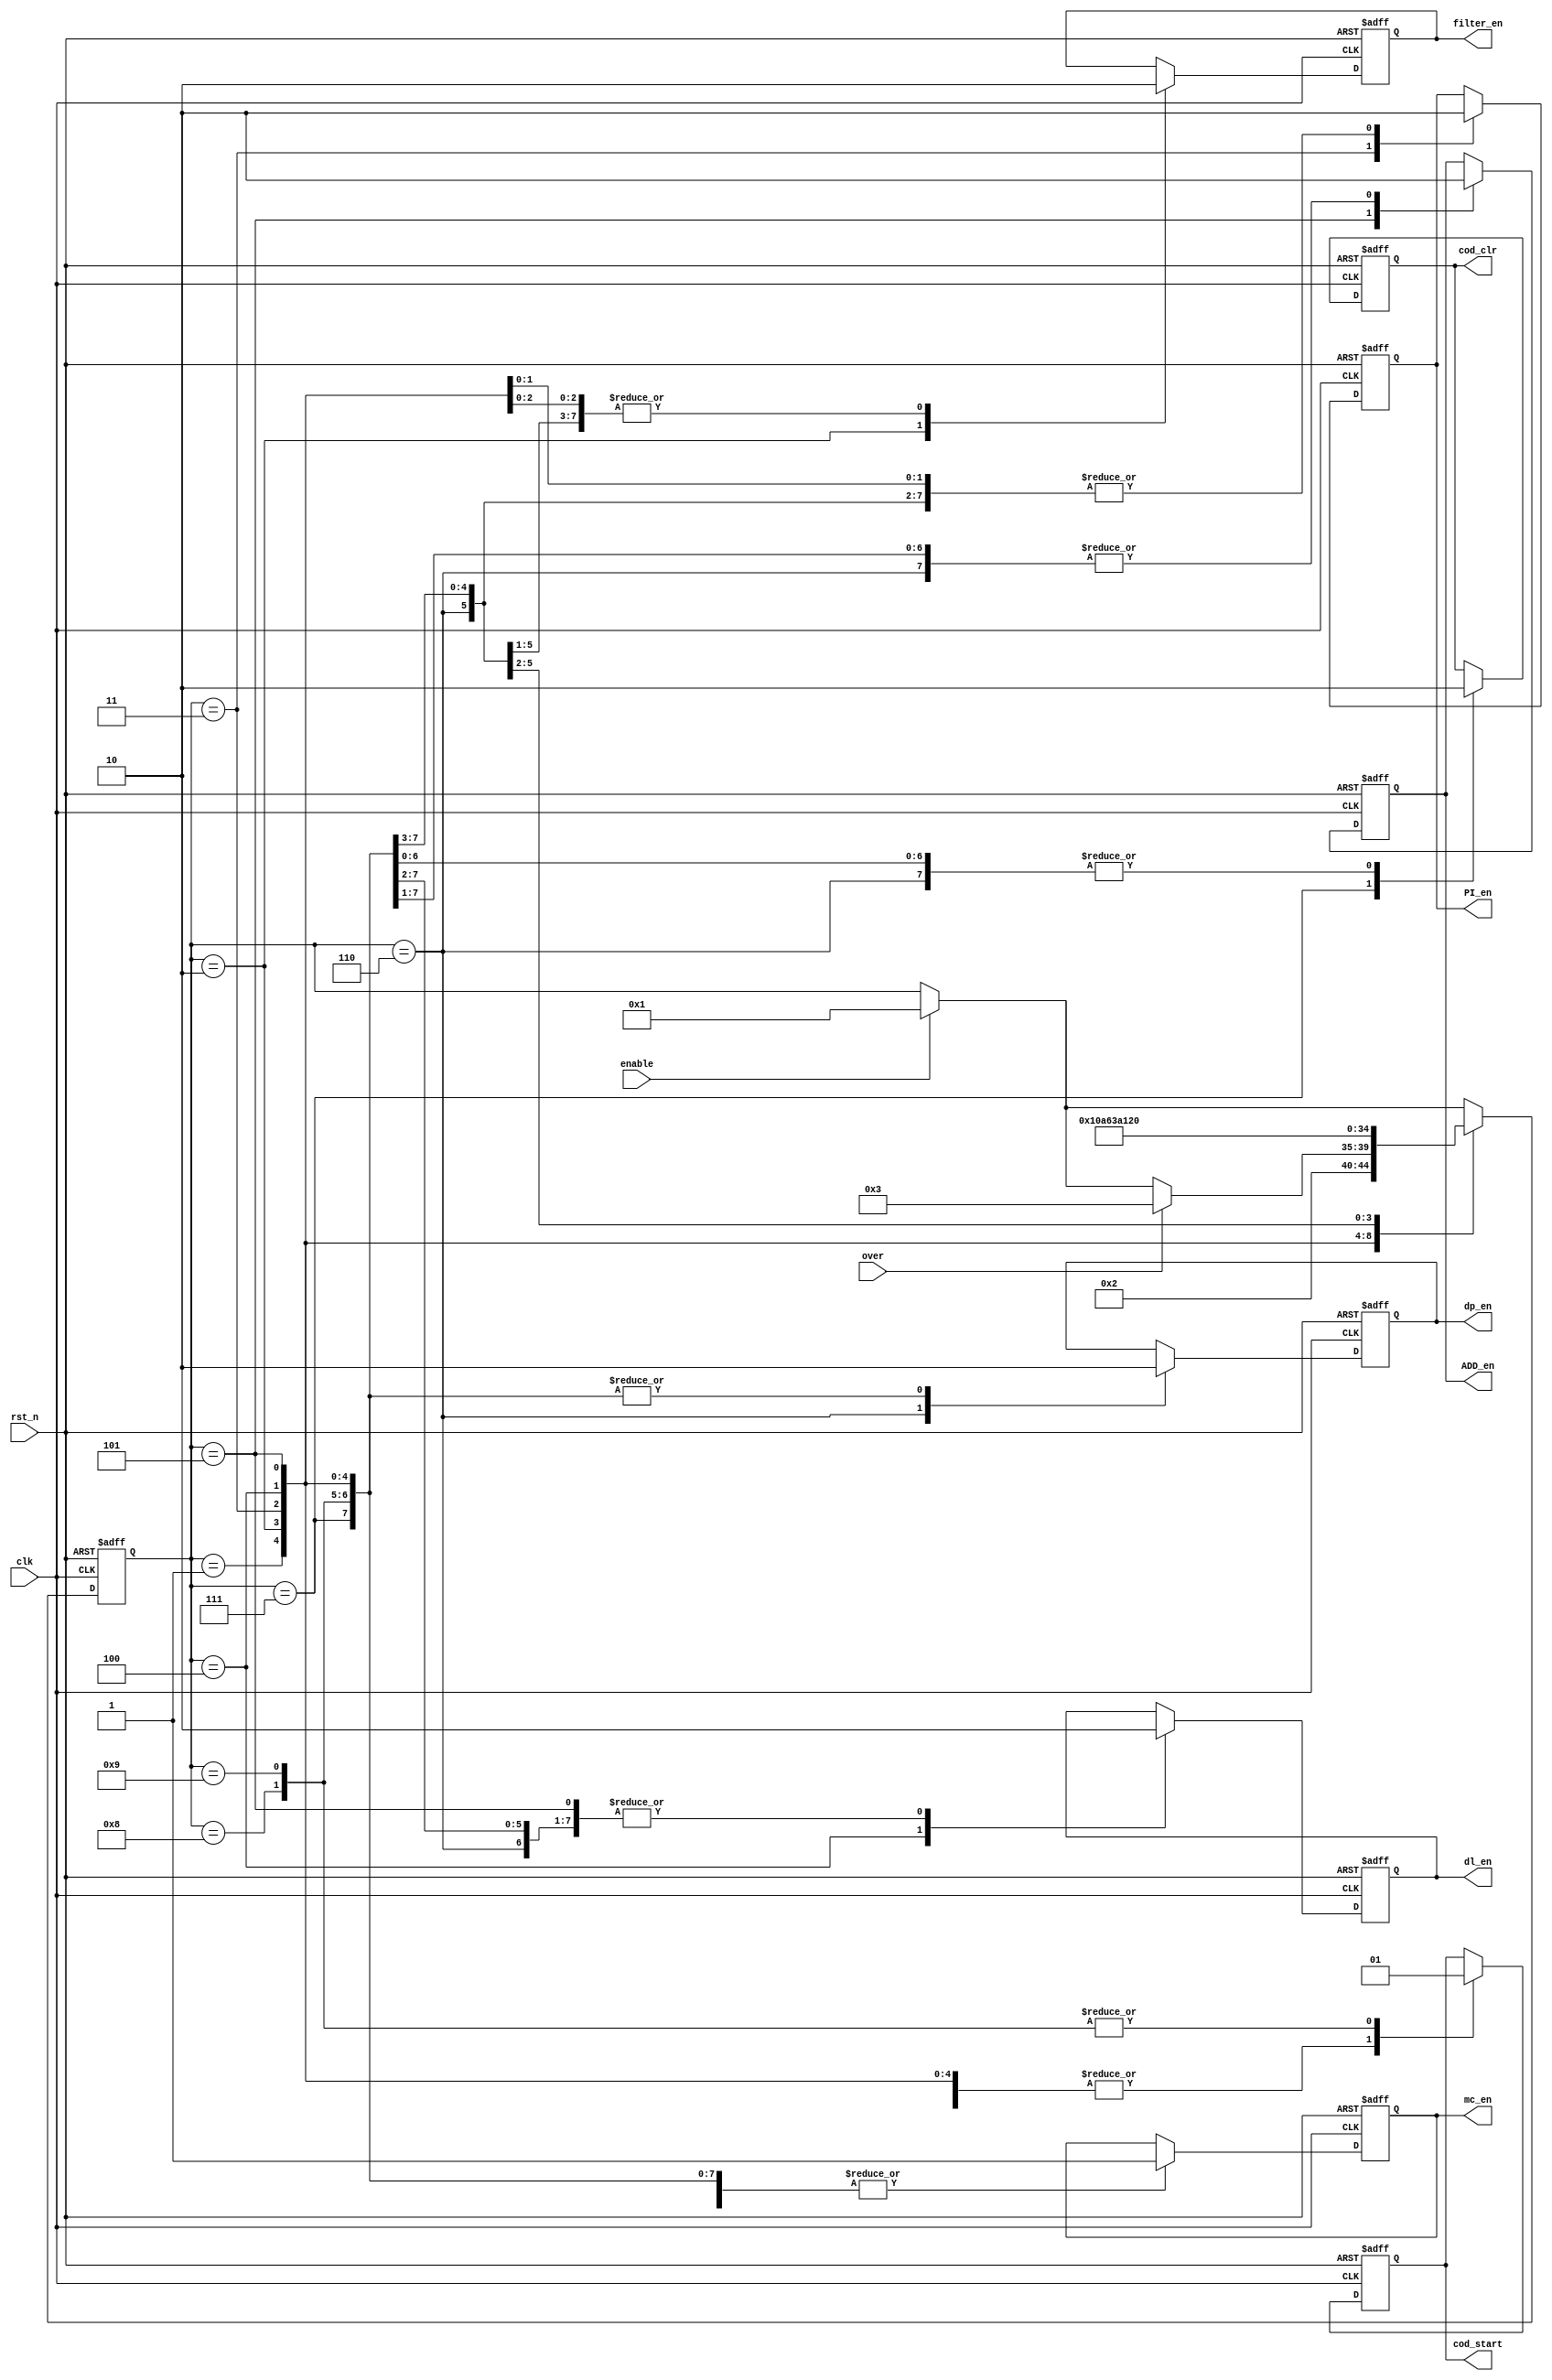
module controlstate(clk,rst_n,enable,cod_start,cod_clr,PI_en,dl_en,ADD_en,dp_en,mc_en,filter_en,over);
input clk,rst_n,enable,over;
output cod_start,cod_clr,PI_en,dl_en,ADD_en,dp_en,mc_en,filter_en;
reg cod_start,cod_clr,PI_en,dl_en,ADD_en,dp_en,mc_en,filter_en;
reg [4:0]state;
always @(posedge clk or negedge rst_n)
begin
if(!rst_n)
	begin
	cod_start<=1'b0;
	cod_clr<=1'b0;
	filter_en<=0;
	PI_en<=1'b0;
	dl_en<=1'b0;
	dp_en<=1'b0;
	mc_en<=1'b0;
	ADD_en<=1'b0;
	state<=4'd0;
	end
else
	begin
		if(enable==1'b1)
		state<=4'd1;
		else 
		state<=state;
		
		case (state)
		4'd1:
			begin
			{cod_start,cod_clr,filter_en,PI_en,dl_en,ADD_en,dp_en,mc_en}<=8'b00000001;
			state<=4'd2;
			end
		4'd2:
			begin
			{cod_start,cod_clr,filter_en,PI_en,dl_en,ADD_en,dp_en,mc_en}<=8'b00100001;
			if(over == 1)  state<=4'd3;
			end				
		4'd3:
			begin
			{cod_start,cod_clr,filter_en,PI_en,dl_en,ADD_en,dp_en,mc_en}<=8'b00010001;
			state<=4'd4;
			end
		4'd4:
			begin
			{cod_start,cod_clr,filter_en,PI_en,dl_en,ADD_en,dp_en,mc_en}<=8'b00001001;	
			state<=4'd5;
			end
		4'd5:
			begin
			{cod_start,cod_clr,filter_en,PI_en,dl_en,ADD_en,dp_en,mc_en}<=8'b00000101;	
			state<=4'd6;
			end			
		4'd6:
			begin
			{cod_start,cod_clr,filter_en,PI_en,dl_en,ADD_en,dp_en,mc_en}<=8'b00000011;
			state<=4'd7;	
			end		
		4'd7:
			begin
			{cod_start,cod_clr,filter_en,PI_en,dl_en,ADD_en,dp_en,mc_en}<=8'b01000001;
			state<=4'd8;	
			end			
		4'd8:
			begin
			{cod_start,cod_clr,filter_en,PI_en,dl_en,ADD_en,dp_en,mc_en}<=8'b10000001;		  
			state<=4'd9;			    
			end 
		4'd9: 	
		    begin
			{cod_start,cod_clr,filter_en,PI_en,dl_en,ADD_en,dp_en,mc_en}<=8'b10000001;		  
			state<=4'd0;			    
			end 	  
		 default:;
		endcase				

	end
end//always
endmodule